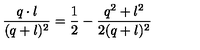
{ \frac { q \cdot l } { ( q + l ) ^ { 2 } } } = { \frac { 1 } { 2 } } - { \frac { q ^ { 2 } + l ^ { 2 } } { 2 ( q + l ) ^ { 2 } } }